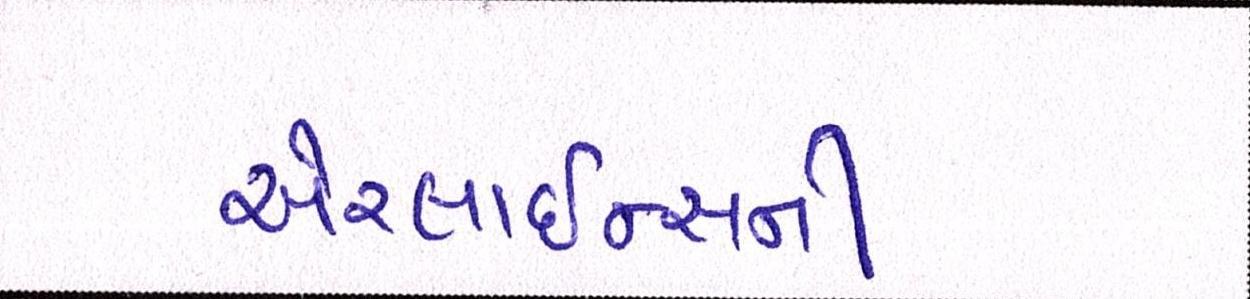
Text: એરલાઇન્સની